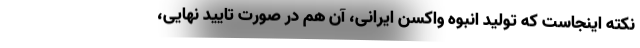
نکته اینجاست که تولید انبوه واکسن ایرانی، آن هم در صورت تایید نهایی،